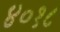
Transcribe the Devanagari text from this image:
४०१८